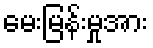
မေးမြန်းမှုအား